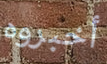
أخبروه